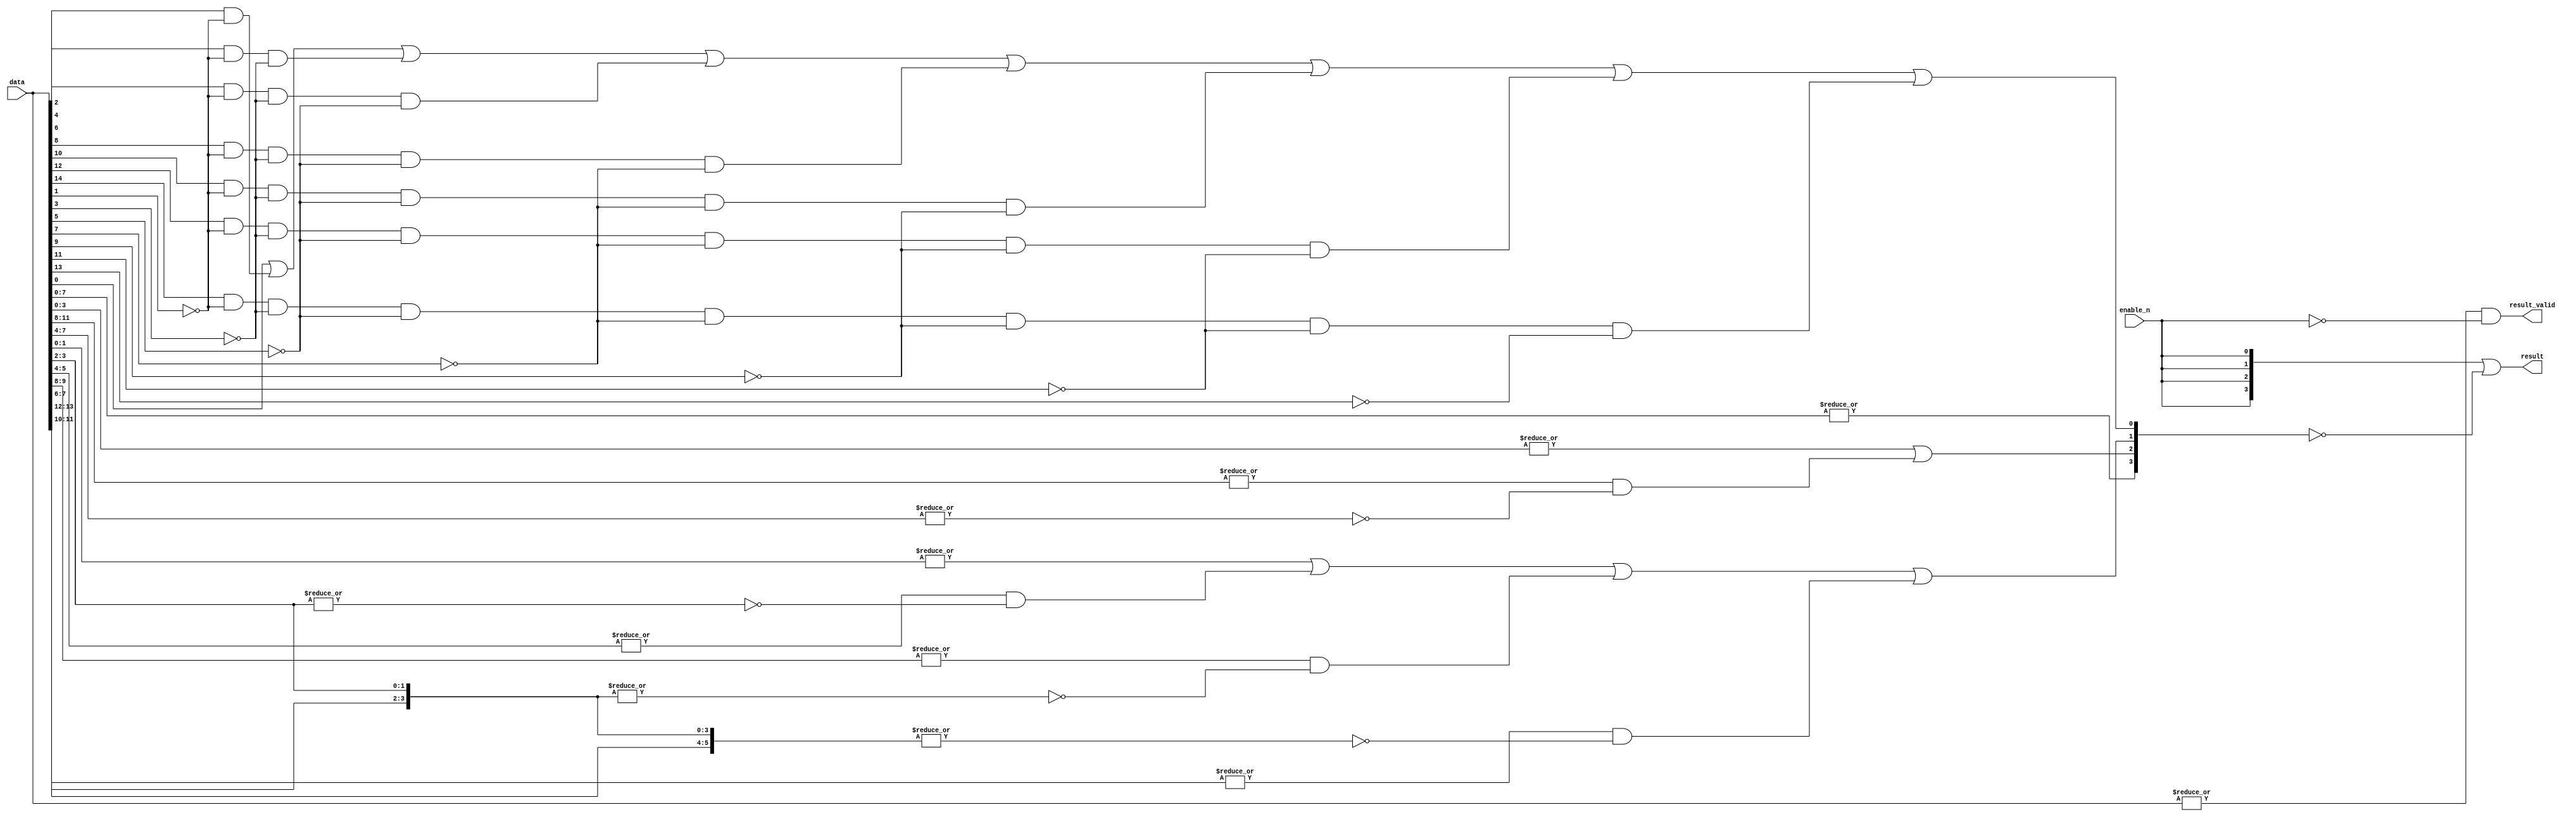
/********************************************************************************
	Module: PriorityEncoder16
	Function: Width 16 priority encoder, highly optimized with very low latency
	Author: Shengjia ZHAO
	Status: complete
********************************************************************************/

module PriorityEncoder16(enable_n, data, result, result_valid);
	input 		      enable_n;      // Set to LOW to enable the encoder, if HIGH, result will be HIGH, and resultValid will be LOW
	input  [15:0]     data;		     // Zero is the highest bit
	output [3:0]      result;        // Location of the first appearing 1
	output		      result_valid;  // HIGH if at least one bit is 1 and enable_n is LOW
	
	wire r3Raw = |data[7:0];
	wire r2Raw = |data[3:0] | 
					(|data[11:8]  & ~|{data[7:4]});
	wire r1Raw = |data[1:0] | 
					(|data[5:4]   & ~|{data[3:2]}) | 
					(|data[9:8]   & ~|{data[3:2], data[7:6]}) |
					(|data[13:12] & ~|{data[3:2], data[7:6], data[11:10]});
	wire r0Raw = data[0]  |
					(data[2]  & ~data[1]) | 
					(data[4]  & ~data[1] & ~data[3]) |
					(data[6]  & ~data[1] & ~data[3] & ~data[5]) |
					(data[8]  & ~data[1] & ~data[3] & ~data[5] & ~data[7]) | 
					(data[10] & ~data[1] & ~data[3] & ~data[5] & ~data[7] & ~data[9]) |
					(data[12] & ~data[1] & ~data[3] & ~data[5] & ~data[7] & ~data[9] & ~data[11]) |
					(data[14] & ~data[1] & ~data[3] & ~data[5] & ~data[7] & ~data[9] & ~data[11] & ~data[13]);
	wire [3:0]   result = {enable_n, enable_n, enable_n, enable_n} | ~{r3Raw, r2Raw, r1Raw, r0Raw};					 
	wire         result_valid = |data & ~enable_n;
endmodule